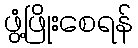
ဖွံ့ဖြိုးစေရန်